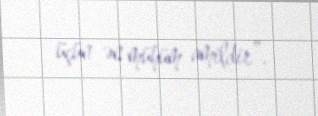
üçün ən mühüm amildir”.